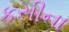
કસીના